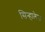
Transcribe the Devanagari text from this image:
सिन्हालेज